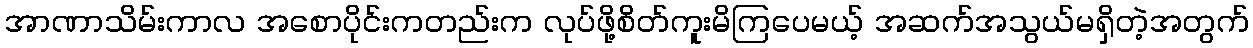
အာဏာသိမ်းကာလ အစောပိုင်းကတည်းက လုပ်ဖို့စိတ်ကူးမိကြပေမယ့် အဆက်အသွယ်မရှိတဲ့အတွက်